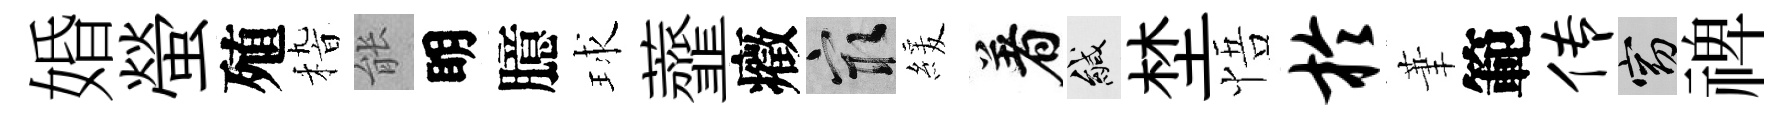
婚螢殖𥟵䏻眀臆球虀癥冣緩着緘埜悟於茟範传窈禆